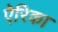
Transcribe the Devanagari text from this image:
ऐरिका